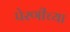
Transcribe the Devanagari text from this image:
पेरणीच्या